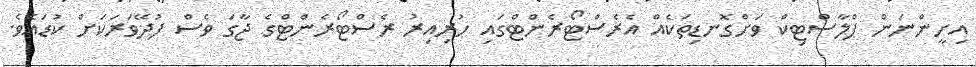
އިށީންނަން ޕްލާސްޓިކް ވަށްގޮނޑިތަކެއް އެރެސްޓޯރެންޓްގައި ހުރިއިރު ރެސްޓޯރެންޓްގެ ޖާގަ ވެސް ފުދޭވަރަކަށް ކުޑައެވެ.